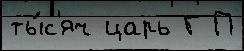
ты́с'яч царь Г П